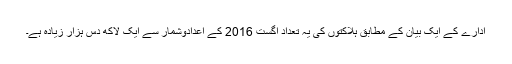
ادارے کے ایک بیان کے مطابق ہلاکتوں کی یہ تعداد اگست 2016 کے اعدادوشمار سے ایک لاکھ دس ہزار زیادہ ہے۔